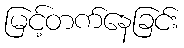
မြင့်တက်နေခြင်း